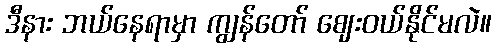
ဒီနား ဘယ်နေရာမှာ ကျွန်တော် ဈေးဝယ်နိုင်မလဲ။